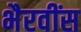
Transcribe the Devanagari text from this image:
भैरवींस